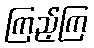
ကြည့်ကြ